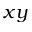
x y